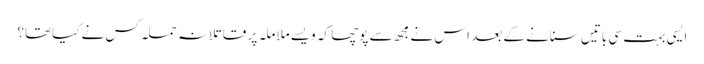
ایسی بہت سی باتیں سنانے کے بعد اس نے مجھ سے پوچھا کہ ویسے ملاملہ پر قاتلانہ حملہ کس نے کیاتھا؟